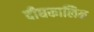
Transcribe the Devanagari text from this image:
दीघकालिक